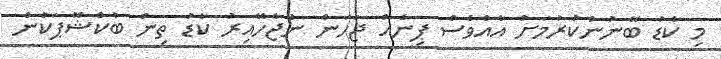
މި ކާޑު ބޭނުންކުރުމަށް އެއްވެސް ޕިނެއް ޖަހަން ނުޖެހޭއިރު ކާޑު ތިން ބުކްޝޮޕަކުން